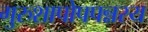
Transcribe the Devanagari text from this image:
गुरुशापोपपन्नस्य